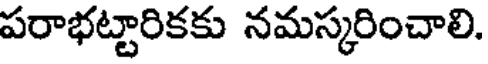
పరాభట్టారికకు నమస్కరించాలి.